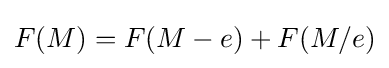
F(M)=F(M-e)+F(M/e)